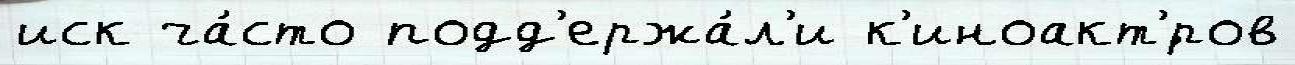
иск ча́сто подд'ержа́л'и к'иноакт'́ров